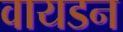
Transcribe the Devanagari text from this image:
वायडन